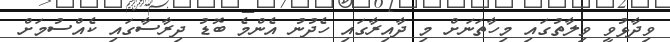
ވިދާޅުވީ ވިލާތުގައި މިހާތަނަށް މި ދާއިރާގައި ހެދުނު އެންމެ ބޮޑު ދިރާސާގައި ކެއްސުމަށް